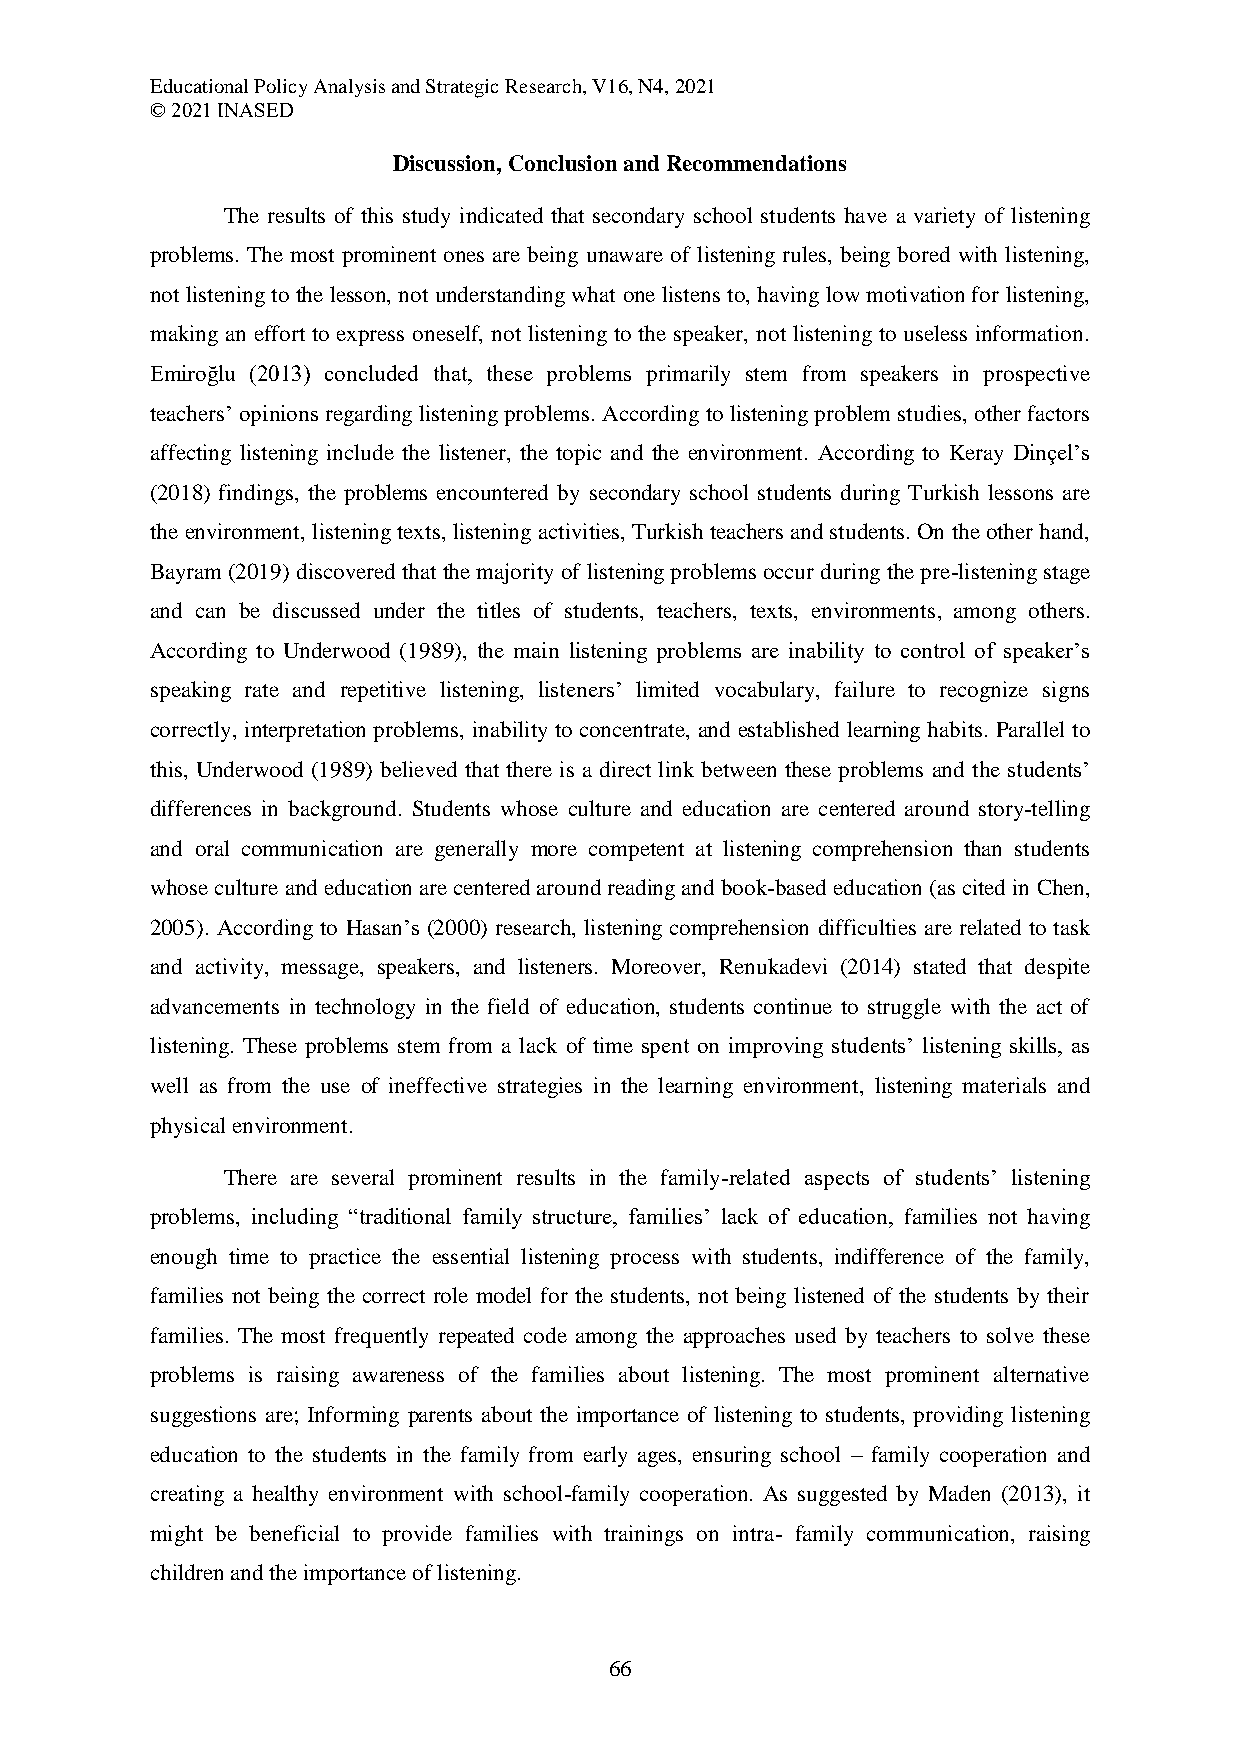
Educational Policy Analysis and Strategic Research, V16, N4, 2021
 © 2021 INASED
 Discussion, Conclusion and Recommendations
 The results of this study indicated that secondary school students have a variety of listening
 problems. The most prominent ones are being unaware of listening rules, being bored with listening,
 not listening to the lesson, not understanding what one listens to, having low motivation for listening,
 making an effort to express oneself, not listening to the speaker, not listening to useless information.
 Emiroğlu (2013) concluded that, these problems primarily stem from speakers in prospective
 teachers’ opinions regarding listening problems. According to listening problem studies, other factors
 affecting listening include the listener, the topic and the environment. According to Keray Dinçel’s
 (2018) findings, the problems encountered by secondary school students during Turkish lessons are
 the environment, listening texts, listening activities, Turkish teachers and students. On the other hand,
 Bayram (2019) discovered that the majority of listening problems occur during the pre-listening stage
 and can be discussed under the titles of students, teachers, texts, environments, among others.
 According to Underwood (1989), the main listening problems are inability to control of speaker’s
 speaking rate and repetitive listening, listeners’ limited vocabulary, failure to recognize signs
 correctly, interpretation problems, inability to concentrate, and established learning habits. Parallel to
 this, Underwood (1989) believed that there is a direct link between these problems and the students’
 differences in background. Students whose culture and education are centered around story-telling
 and oral communication are generally more competent at listening comprehension than students
 whose culture and education are centered around reading and book-based education (as cited in Chen,
 2005). According to Hasan’s (2000) research, listening comprehension difficulties are related to task
 and activity, message, speakers, and listeners. Moreover, Renukadevi (2014) stated that despite
 advancements in technology in the field of education, students continue to struggle with the act of
 listening. These problems stem from a lack of time spent on improving students’ listening skills, as
 well as from the use of ineffective strategies in the learning environment, listening materials and
 physical environment.
 There are several prominent results in the family-related aspects of students’ listening
 problems, including “traditional family structure, families’ lack of education, families not having
 enough time to practice the essential listening process with students, indifference of the family,
 families not being the correct role model for the students, not being listened of the students by their
 families. The most frequently repeated code among the approaches used by teachers to solve these
 problems is raising awareness of the families about listening. The most prominent alternative
 suggestions are; Informing parents about the importance of listening to students, providing listening
 education to the students in the family from early ages, ensuring school – family cooperation and
 creating a healthy environment with school-family cooperation. As suggested by Maden (2013), it
 might be beneficial to provide families with trainings on intra- family communication, raising
 children and the importance of listening.
 66